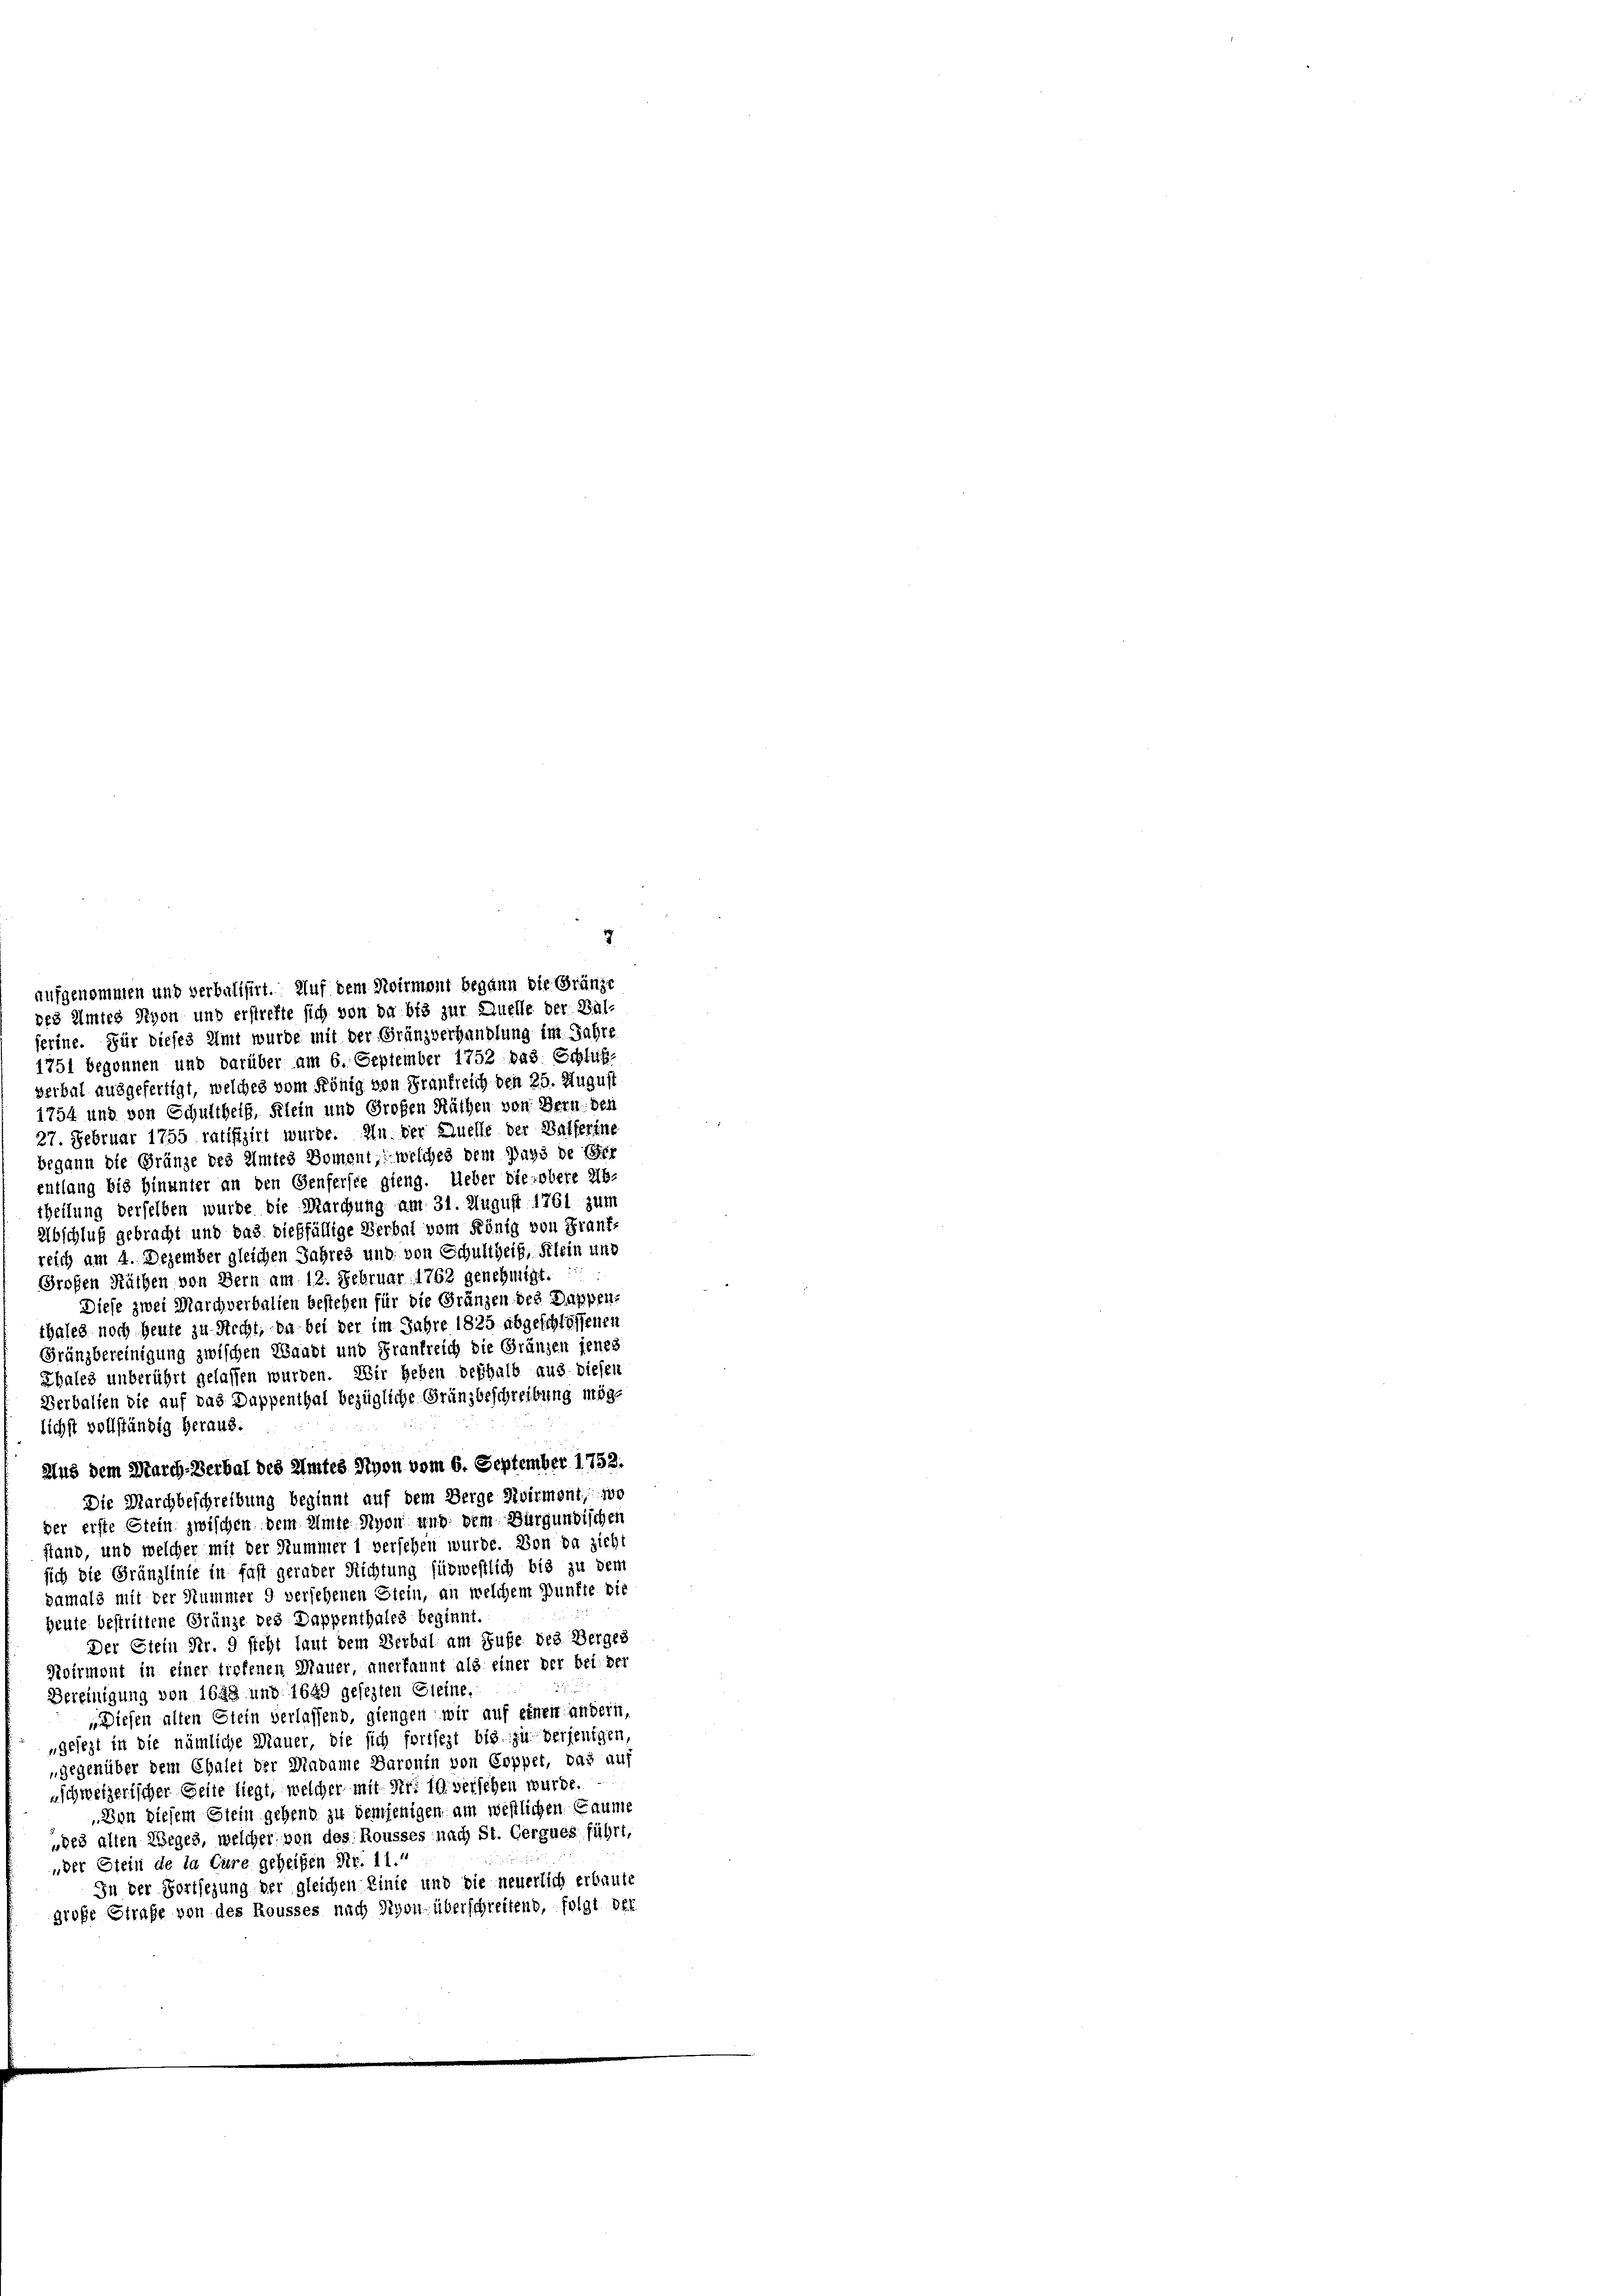
ferine. Für dieses Amt wurde mit der Gränzverhandlung im Jahre
1751 begonnen und darüber am 6. September 1752 das Schlitt.
verbal ausgefertigt, welches vom König von Frankreich den 25. August
1754 und von Schultheil, Klein und Großen Räthen von Bern den
27. Februar 1755 ratifizirt wurde. In der Quelle der Balferine
begann die Gränze des Amtes Doment, welches dem Pays de Ger
Entlang bis hinunter an den Genferste gieng. Ueber die obere Ab-
theilung derselben wurde die Marchung am 31. August 1761 zum
Abschluß gebracht und das dießfällige Verbal vom König von Frant-
reich am 4. Dezember gleichen Jahres und von Schultheit, Klein und
Großen Räthen von Bern am 12. Februar 1762 genehmigt.
Diese zwei Marchverbalien bestehen für die Gränzen des Dappen-
thales noch heute zu Recht, da bei der im Jahre 1825 abgeschlossenen
Gränzbereinigung zwischen Waadt und Frankreich die Gränzen jenes
Thales unberührt gelassen wurden. Wir heben deshalb aus diesen
Verbalien die auf das Dappenthal bezügliche Grünzbeschreibung möge
lichst vollständig heraus.
Aus dem March-Verbal des Amtes Nyon vom 6. September 1752.
Die Marchbeschreibung beginnt auf dem Berge Svirmont, so
der erste Stein zwischen dem Amte Nyon und dem Burgundischen
stand, und welcher mit der Hummer 1 versehen würde. Von da sicht
sich die Gränzlinie in fast gerader Richtung für westlich bis zu dem
damals mit der Hummer 9 versehenen Stein, an welchem Punkte die
heute bestrittene Gränze des Dappenthales beginnt.
Der Glein Nr. 9 steht laut dem Verbal am Rufe des Berges
Roirmont in einer tiefenen Mauer, anerkannt als einer der bei der
Bereinigung von 1648 und 1649 gesezten Gleine.
Diesen alten Stein verlassend, giengen wir auf einen andern,
„gesezt in die nämliche Mauer, die sich fortsezt bis zu verjenigen,
gegenüber dem Chalet der Madame Baronin von Coppet, das auf
schweizerischer Seite liegt, welcher mit Nr. In versehen wurde.
„Von diesem Stein gehend zu demjenigen am westlichen Caume
„des alten Weges, welcher von des Rousses nach St. Gergues führt,
„der Stein de la Eure geheißen Nr. 11.“
In der Fortsezung der gleichen Linie und die neuerlich erbaute
große Strafe von des Rousses nach Sigon überschreitend, folgt der

aufgenommen und verbalisirt. Auf dem Noirmont begann die Gränze
des Amtes Nyon und erstreffe sich von da bis zur Quelle der Bal¬

2